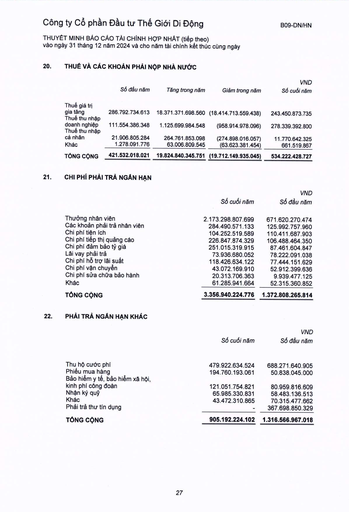
||Số đầu năm|Tăng trong năm|Giảm trong năm|VND Số cuối năm| |---|---|---|---|---| |Thuế giá trị gia tăng|286.792.734.613|18.371.371.698.560|(18.414.713.559.438)|243.450.873.735| |Thuế thu nhập doanh nghiệp|111.554.386.348|1.125.699.984.548|(958.914.978.096)|278.339.392.800| |Thuế thu nhập cá nhân|21.906.805.284|264.761.853.098|(274.898.016.057)|11.770.642.325| |Khác|1.278.091.776|63.006.809.545|(63.623.381.454)|661.519.867| |TỔNG CỘNG|421.532.018.021|19.824.840.345.751|(19.712.149.935.045)|534.222.428.727| ||Số cuối năm|VND Số đầu năm| |---|---|---| |Thưởng nhân viên|2.173.298.807.699|671.620.270.474| |Các khoản phải trả nhân viên|284.490.571.133|125.992.757.960| |Chi phí tiền ích|104.252.519.589|110.411.687.903| |Chi phí tiếp thị quảng cáo|226.847.874.329|106.488.464.350| |Chi phí đảm bảo tỷ giá|251.015.319.915|87.461.604.847| |Lãi vay phải trả|73.936.680.052|78.222.091.038| |Chi phí hỗ trợ lãi suất|118.426.634.122|77.444.151.629| |Chi phí vận chuyển|43.072.169.910|52.912.399.636| |Chi phí sửa chữa bảo hành|20.313.706.363|9.939.477.125| |Khác|61.285.941.664|52.315.360.852| |TỔNG CỘNG|3.356.940.224.776|1.372.808.265.814| ||Số cuối năm|VND Số đầu năm| |---|---|---| |Thu hộ cước phí|479.922.634.524|688.271.640.905| |Phiếu mua hàng|194.760.193.061|50.838.045.000| |Bảo hiểm y tế, bảo hiểm xã hội||| |kinh phí công đoàn|121.051.754.821|80.959.816.609| |Nhận ký quỹ|65.985.330.831|58.483.136.513| |Khác|43.472.310.865|70.315.477.662| |Phải trả thu tín dụng|-|367.698.850.329| |TỔNG CỘNG|905.192.224.102|1.316.566.967.018|